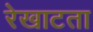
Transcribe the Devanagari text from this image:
रेखाटता